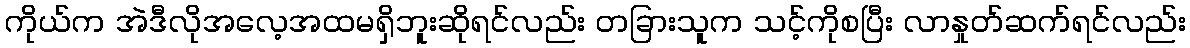
ကိုယ်က အဲဒီလိုအလေ့အထမရှိဘူးဆိုရင်လည်း တခြားသူက သင့်ကိုစပြီး လာနှုတ်ဆက်ရင်လည်း